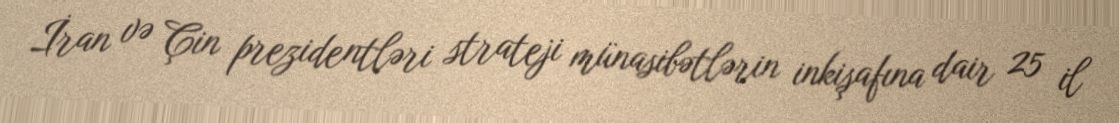
İran və Çin prezidentləri strateji münasibətlərin inkişafına dair 25 il